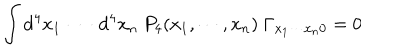
\int \mathrm { d } ^ { 4 } x _ { 1 } ~ \cdots ~ \mathrm { d } ^ { 4 } x _ { n } ~ P _ { 4 } ( x _ { 1 } , \cdots , x _ { n } ) ~ \Gamma _ { x _ { 1 } \cdots x _ { n } 0 } = 0